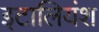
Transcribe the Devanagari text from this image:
इटालियंश